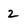
Character: 2